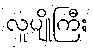
လူပျိုကြီး